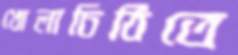
খোলাচিঠিতে